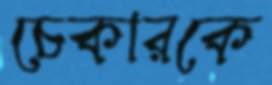
চেকারকে